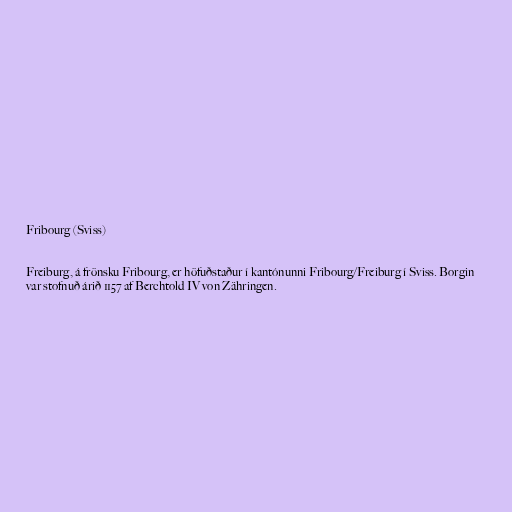
Fribourg (Sviss)

Freiburg, á frönsku Fribourg, er höfuðstaður í kantónunni Fribourg/Freiburg í Sviss. Borgin
var stofnuð árið 1157 af Berchtold IV von Zähringen.